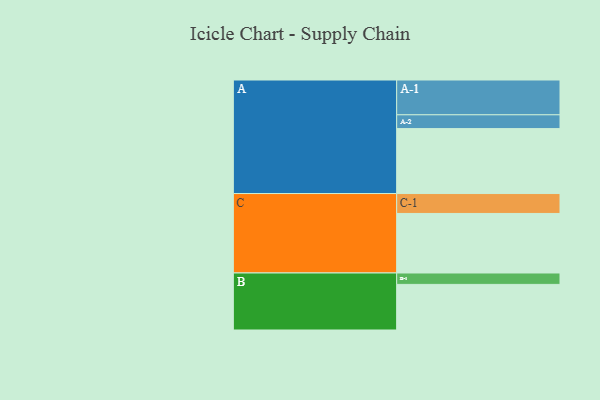
{"axis": {"x": "Segment", "y": "Value"}, "legend": ["", "A", "B", "C"], "data": [{"x": "A", "y": 541, "type": ""}, {"x": "B", "y": 380, "type": ""}, {"x": "C", "y": 496, "type": ""}, {"x": "A-1", "y": 290, "type": "A"}, {"x": "A-2", "y": 115, "type": "A"}, {"x": "B-1", "y": 95, "type": "B"}, {"x": "C-1", "y": 166, "type": "C"}]}